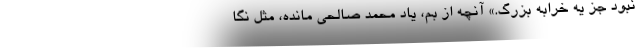
نبود جز يه خرابه بزرگ.» آنچه از بم، ياد محمد صالحي مانده، مثل نگا